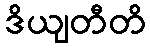
ဒိယျတီတိ